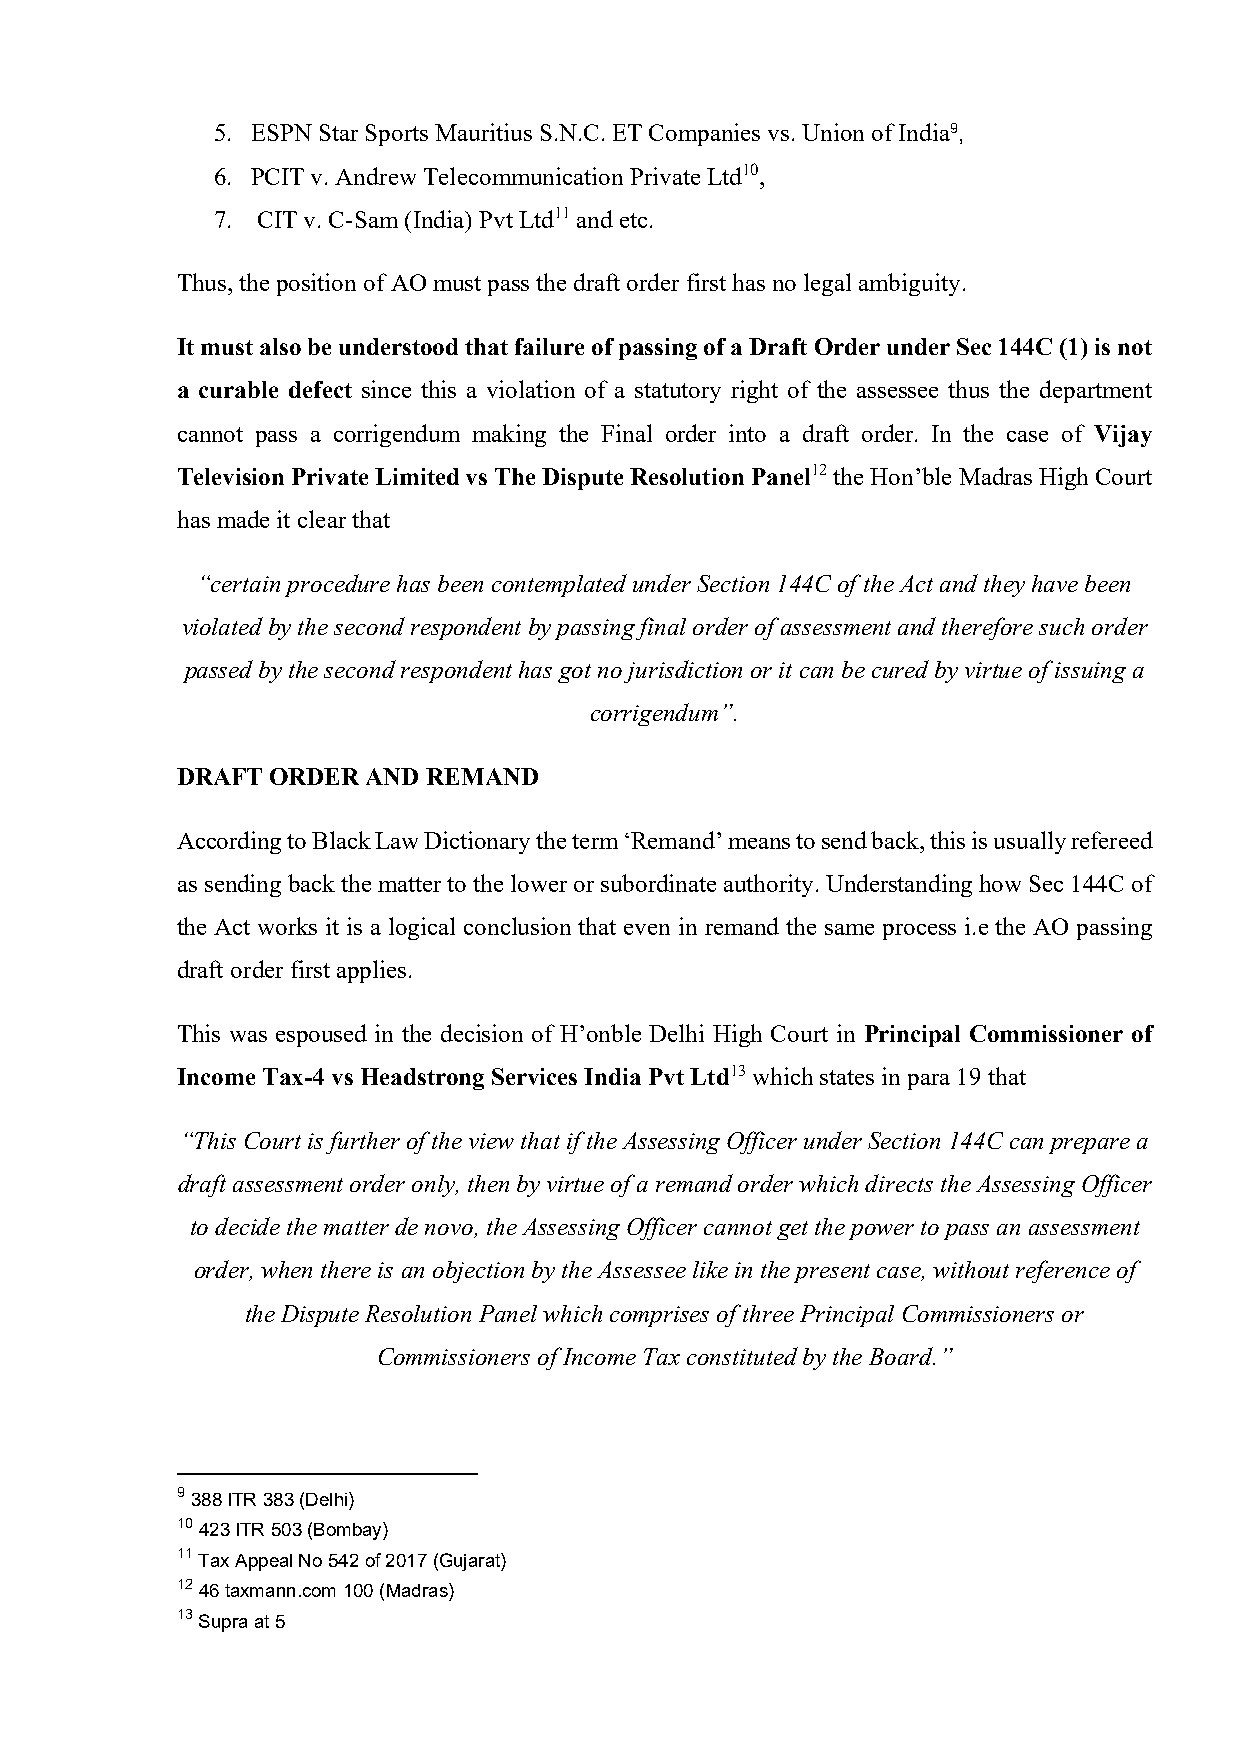
5. ESPN Star Sports Mauritius S.N.C. ET Companies vs. Union of India9,
 6. PCIT v. Andrew Telecommunication Private Ltd10,
 7. CIT v. C-Sam (India) Pvt Ltd11 and etc.
 Thus, the position of AO must pass the draft order first has no legal ambiguity.
 It must also be understood that failure of passing of a Draft Order under Sec 144C (1) is not
 a curable defect since this a violation of a statutory right of the assessee thus the department
 cannot pass a corrigendum making the Final order into a draft order. In the case of Vijay
 Television Private Limited vs The Dispute Resolution Panel12 the Hon’ble Madras High Court
 has made it clear that
 “certain procedure has been contemplated under Section 144C of the Act and they have been
 violated by the second respondent by passing final order of assessment and therefore such order
 passed by the second respondent has got no jurisdiction or it can be cured by virtue of issuing a
 corrigendum”.
 DRAFT ORDER AND REMAND
 According to Black Law Dictionary the term ‘Remand’ means to send back, this is usually refereed
 as sending back the matter to the lower or subordinate authority. Understanding how Sec 144C of
 the Act works it is a logical conclusion that even in remand the same process i.e the AO passing
 draft order first applies.
 This was espoused in the decision of H’onble Delhi High Court in Principal Commissioner of
 Income Tax-4 vs Headstrong Services India Pvt Ltd13 which states in para 19 that
 “This Court is further of the view that if the Assessing Officer under Section 144C can prepare a
 draft assessment order only, then by virtue of a remand order which directs the Assessing Officer
 to decide the matter de novo, the Assessing Officer cannot get the power to pass an assessment
 order, when there is an objection by the Assessee like in the present case, without reference of
 the Dispute Resolution Panel which comprises of three Principal Commissioners or
 Commissioners of Income Tax constituted by the Board.”
 9 388 ITR 383 (Delhi)
 10 423 ITR 503 (Bombay)
 11 Tax Appeal No 542 of 2017 (Gujarat)
 12 46 taxmann.com 100 (Madras)
 13 Supra at 5